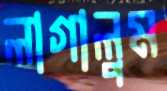
লাগালুম